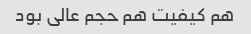
هم کیفیت هم حجم عالی بود